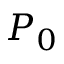
P _ { 0 }